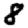
Digit: 8